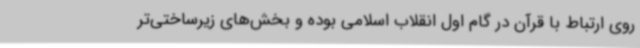
روی ارتباط با قرآن در گام اول انقلاب اسلامی بوده و بخش‌های زیرساختی‌تر